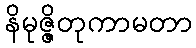
နိမုဇ္ဇိတုကာမတာ